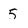
Character: 5